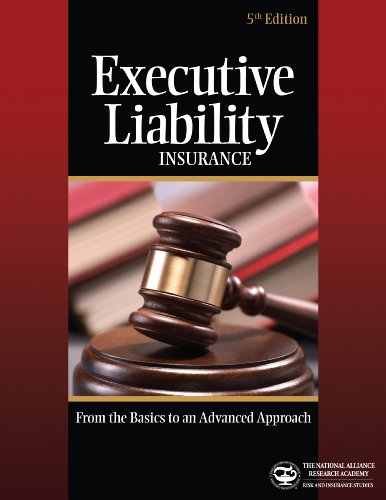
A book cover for Executive Liability Insurance:From the Basics to an Advanced Approach; Richard G. Clarke; Business & Money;